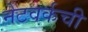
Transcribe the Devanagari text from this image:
नेटवर्कची